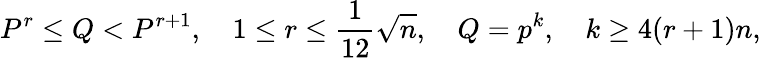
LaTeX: P^{r}\leq Q<P^{r+1},\quad 1\leq r\leq{\frac{1}{12}}{\sqrt{n}},\quad Q=p^{k},\quad k\geq 4(r+1)n,